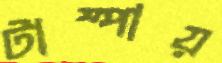
টাম্পায়